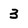
Character: 3